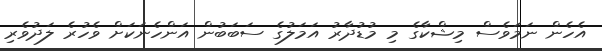
އެހެން ނަމަވެސް މިޝްކާގެ މި މުޑުދާރު އަމަލުގެ ސަބަބުން އަންހެނަކަށް ވެހުރެ ލަދުވެރި